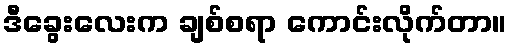
ဒီခွေးလေးက ချစ်စရာ ကောင်းလိုက်တာ။